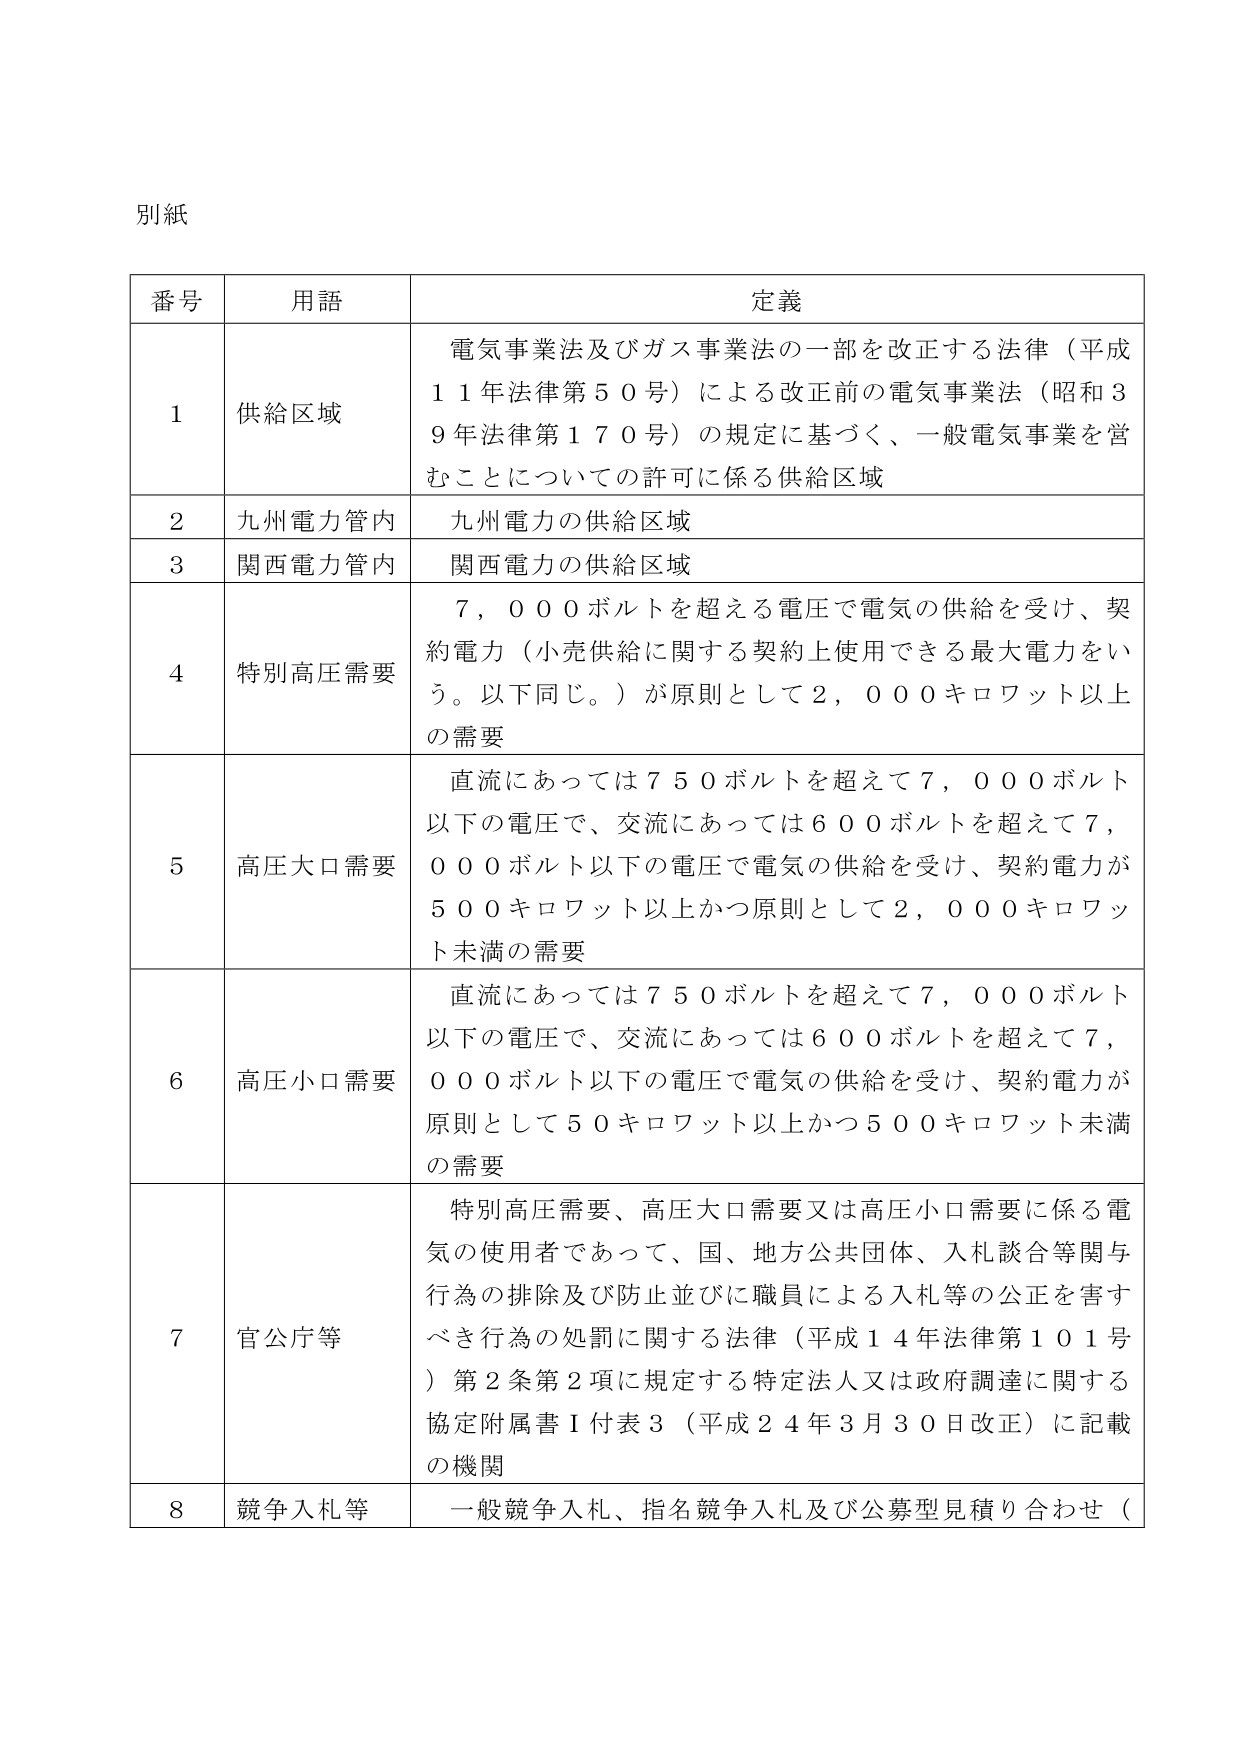
別紙

番号	用語	定義
1	供給区域	電気事業法及びガス事業法の一部を改正する法律（平成11年法律第50号）による改正前の電気事業法（昭和39年法律第170号）の規定に基づく、一般電気事業を営むことについての許可に係る供給区域
2	九州電力管内	九州電力の供給区域
3	関西電力管内	関西電力の供給区域
4	特別高圧需要	7,000ボルトを超える電圧で電気の供給を受け、契約電力（小売供給に関する契約上使用できる最大電力をいう。以下同じ。）が原則として2,000キロワット以上の需要
5	高圧大口需要	直流にあっては750ボルトを超えて7,000ボルト以下の電圧で、交流にあっては600ボルトを超えて7,000ボルト以下の電圧で電気の供給を受け、契約電力が500キロワット以上かつ原則として2,000キロワット未満の需要
6	高圧小口需要	直流にあっては750ボルトを超えて7,000ボルト以下の電圧で、交流にあっては600ボルトを超えて7,000ボルト以下の電圧で電気の供給を受け、契約電力が原則として50キロワット以上かつ500キロワット未満の需要
7	官公庁等	特別高圧需要、高圧大口需要又は高圧小口需要に係る電気の使用者であって、国、地方公共団体、入札談合等関与行為の排除及び防止並びに職員による入札等の公正を害すべき行為の処罰に関する法律（平成14年法律第101号）第2条第2項に規定する特定法人又は政府調達に関する協定附属書Ⅰ付表3（平成24年3月30日改正）に記載の機関
8	競争入札等	一般競争入札、指名競争入札及び公募型見積り合わせ（